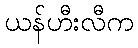
ယန်ဟီးလီက